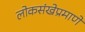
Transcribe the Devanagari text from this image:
लोकसंखेप्रमाणे